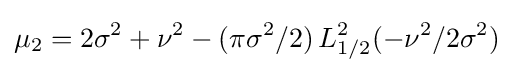
\mu _{2}=2\sigma ^{2}+\nu ^{2}-(\pi \sigma ^{2}/2)\,L_{1/2}^{2}(-\nu ^{2}/2\sigma ^{2})